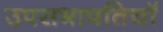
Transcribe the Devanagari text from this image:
उपसभापतियॉ